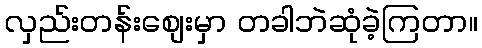
လှည်းတန်းစျေးမှာ တခါဘဲဆုံခဲ့ကြတာ။